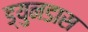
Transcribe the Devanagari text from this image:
ड्युनडास